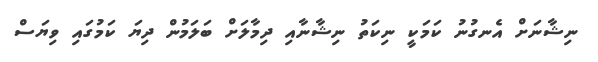
ނިޝާނަށް އެނގުނު ކަމަކީ ނިކަތު ނިޝާނާއި ދިމާލަށް ބަލަމުން ދިޔަ ކަމުގައި ވިޔަސް